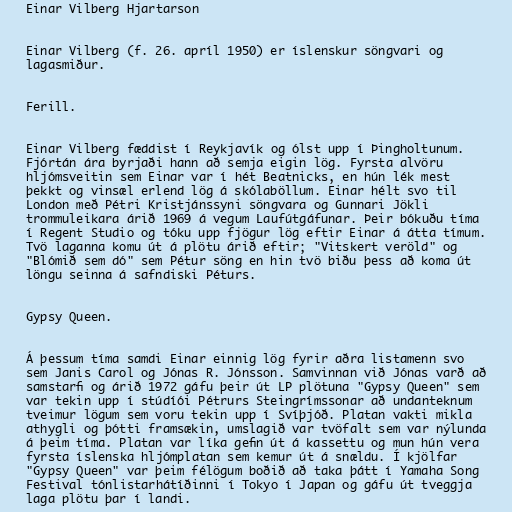
Einar Vilberg Hjartarson

Einar Vilberg (f. 26. apríl 1950) er íslenskur söngvari og
lagasmiður.

Ferill.

Einar Vilberg fæddist í Reykjavík og ólst upp í Þingholtunum.
Fjórtán ára byrjaði hann að semja eigin lög. Fyrsta alvöru
hljómsveitin sem Einar var í hét Beatnicks, en hún lék mest
þekkt og vinsæl erlend lög á skólaböllum. Einar hélt svo til
London með Pétri Kristjánssyni söngvara og Gunnari Jökli
trommuleikara árið 1969 á vegum Laufútgáfunar. Þeir bókuðu tíma
í Regent Studio og tóku upp fjögur lög eftir Einar á átta tímum.
Tvö laganna komu út á plötu árið eftir; "Vitskert veröld" og
"Blómið sem dó" sem Pétur söng en hin tvö biðu þess að koma út
löngu seinna á safndiski Péturs.

Gypsy Queen.

Á þessum tíma samdi Einar einnig lög fyrir aðra listamenn svo
sem Janis Carol og Jónas R. Jónsson. Samvinnan við Jónas varð að
samstarfi og árið 1972 gáfu þeir út LP plötuna "Gypsy Queen" sem
var tekin upp í stúdíói Pétrurs Steingrímssonar að undanteknum
tveimur lögum sem voru tekin upp í Svíþjóð. Platan vakti mikla
athygli og þótti framsækin, umslagið var tvöfalt sem var nýlunda
á þeim tíma. Platan var líka gefin út á kassettu og mun hún vera
fyrsta íslenska hljómplatan sem kemur út á snældu. Í kjölfar
"Gypsy Queen" var þeim félögum boðið að taka þátt í Yamaha Song
Festival tónlistarhátíðinni í Tokyo í Japan og gáfu út tveggja
laga plötu þar í landi.